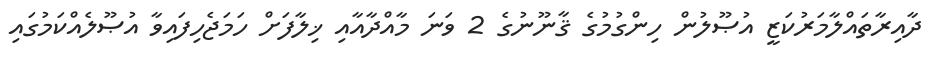
ދާއިރާތައްލާމަރުކަޒީ އުޞޫލުން ހިންގުމުގެ ޤާނޫނުގެ 2 ވަނަ މާއްދާއާއި ޚިލާފަށް ހަމަޖެހިފައިވާ އުޞޫލެއްކަމުގައި